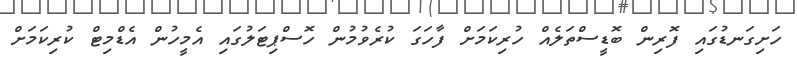
ހަށިގަނޑުގައި ފޮރިން ބޮޑީސްތަލެއް ހުރިކަމަށް ފާހަގަ ކުރެވުމުން ހޮސްޕިޓަލުގައި އެމީހުން އެޑްމިޓް ކުރިކަމަށް